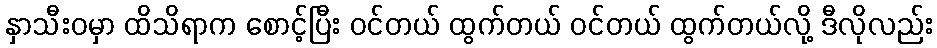
နှာသီးဝမှာ ထိသိရာက စောင့်ပြီး ဝင်တယ် ထွက်တယ် ဝင်တယ် ထွက်တယ်လို့ ဒီလိုလည်း